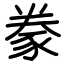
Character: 豢